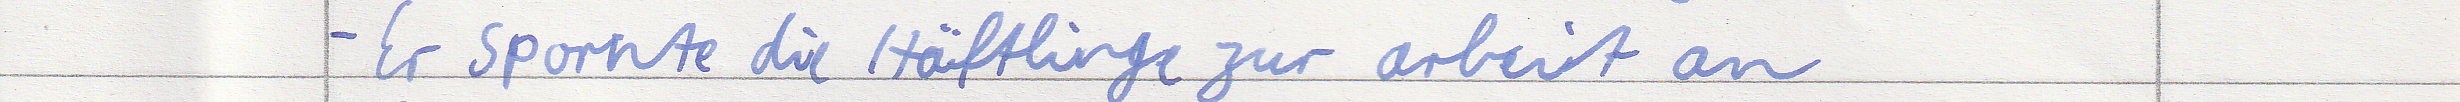
- Er spornte die Häftlinge zur arbeit an